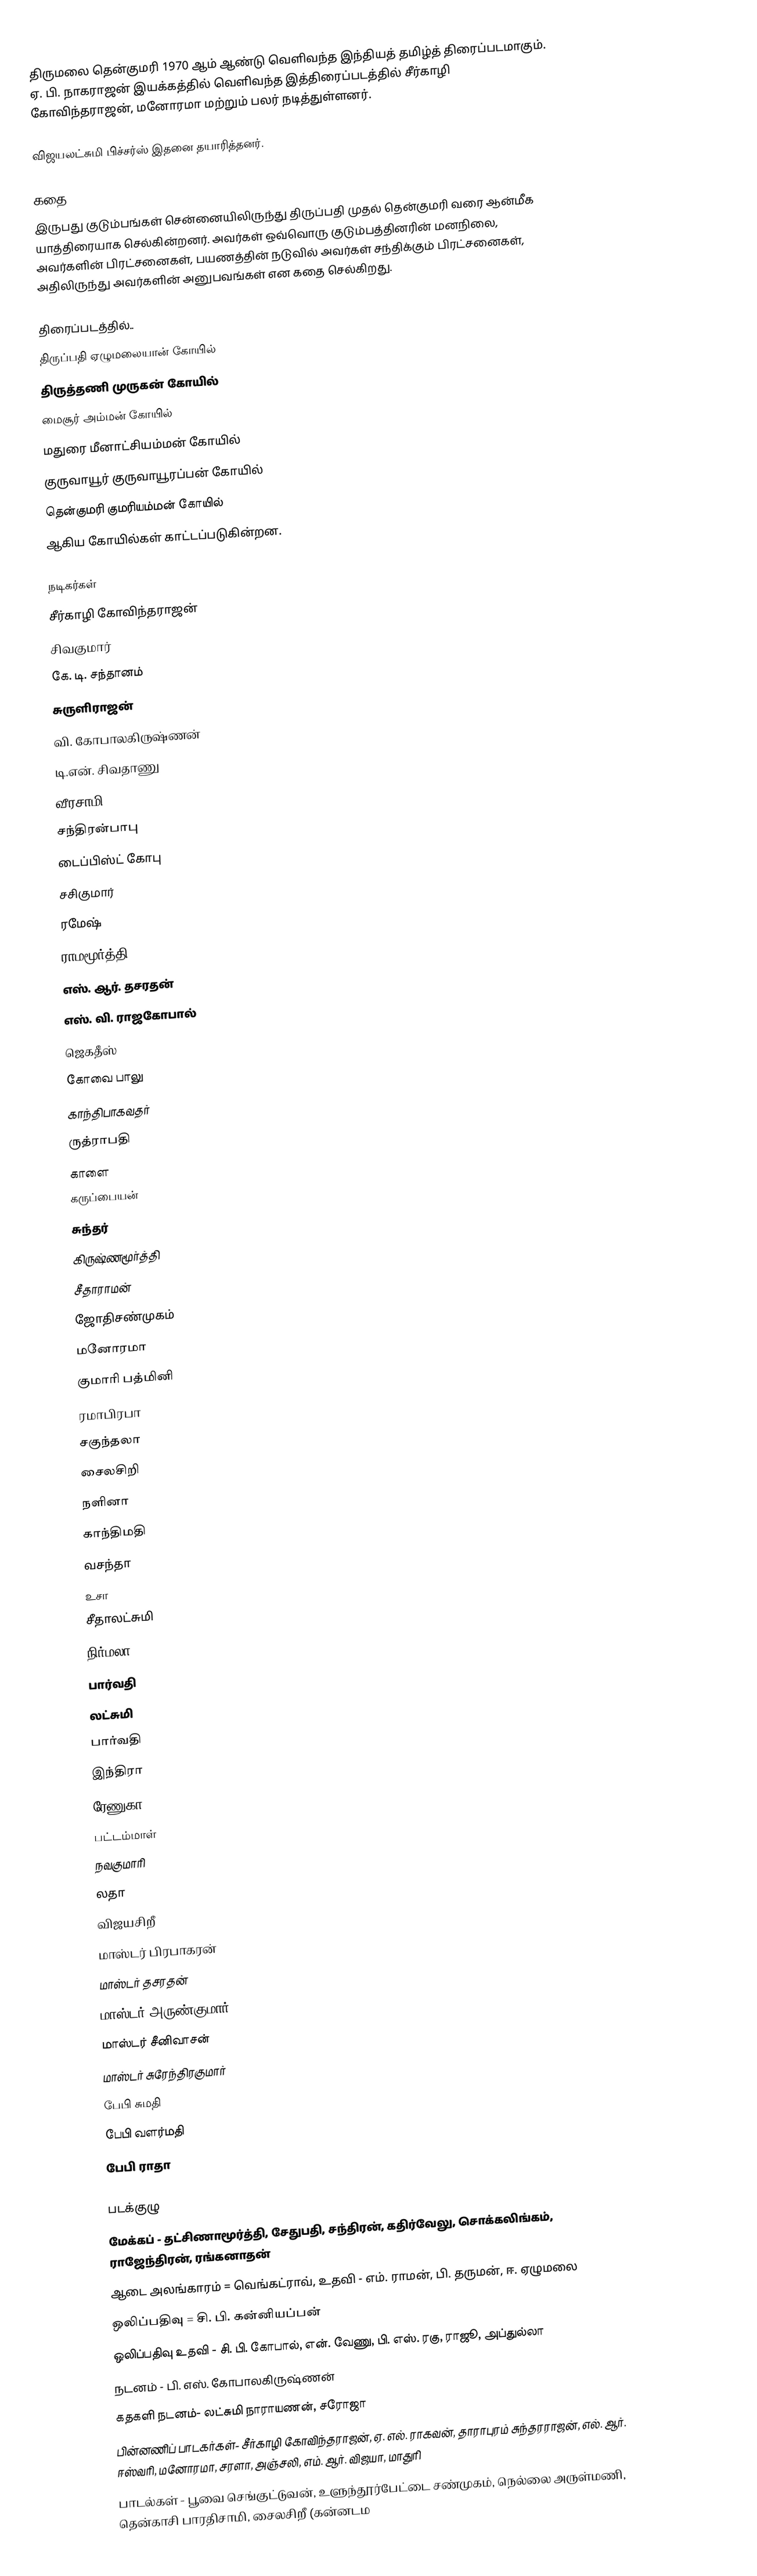
திருமலை தென்குமரி 1970 ஆம் ஆண்டு வெளிவந்த இந்தியத் தமிழ்த் திரைப்படமாகும். ஏ. பி. நாகராஜன் இயக்கத்தில் வெளிவந்த இத்திரைப்படத்தில் சீர்காழி கோவிந்தராஜன், மனோரமா மற்றும் பலர் நடித்துள்ளனர்.

விஜயலட்சுமி பிச்சர்ஸ் இதனை தயாரித்தனர்.

கதை
இருபது குடும்பங்கள் சென்னையிலிருந்து திருப்பதி முதல் தென்குமரி வரை ஆன்மீக யாத்திரையாக செல்கின்றனர். அவர்கள் ஒவ்வொரு குடும்பத்தினரின் மனநிலை, அவர்களின் பிரட்சனைகள், பயணத்தின் நடுவில் அவர்கள் சந்திக்கும் பிரட்சனைகள், அதிலிருந்து அவர்களின் அனுபவங்கள் என கதை செல்கிறது.

திரைப்படத்தில்..
திருப்பதி ஏழுமலையான் கோயில்
திருத்தணி முருகன் கோயில்
மைசூர் அம்மன் கோயில்
மதுரை மீனாட்சியம்மன் கோயில்
குருவாயூர் குருவாயூரப்பன் கோயில்
தென்குமரி குமரியம்மன் கோயில்
ஆகிய கோயில்கள் காட்டப்படுகின்றன.

நடிகர்கள்
 சீர்காழி கோவிந்தராஜன்
 சிவகுமார்
 கே. டி. சந்தானம்
 சுருளிராஜன்
 வி. கோபாலகிருஷ்ணன்
 டி.என். சிவதாணு
 வீரசாமி
 சந்திரன்பாபு
 டைப்பிஸ்ட் கோபு
 சசிகுமார்
 ரமேஷ்
 ராமமூர்த்தி
 எஸ். ஆர். தசரதன்
 எஸ். வி. ராஜகோபால்
 ஜெகதீஸ்
 கோவை பாலு
 காந்திபாகவதர்
 ருத்ராபதி
 காளை
 கருப்பையன்
 சுந்தர்
 கிருஷ்ணமூர்த்தி
 சீதாராமன்
 ஜோதிசண்முகம்
 மனோரமா
 குமாரி பத்மினி
 ரமாபிரபா
 சகுந்தலா
 சைலசிறி
 நளினா
 காந்திமதி
 வசந்தா
 உசா
 சீதாலட்சுமி
 நிர்மலா
 பார்வதி
 லட்சுமி
 பார்வதி
 இந்திரா
 ரேணுகா
 பட்டம்மாள்
 நவகுமாரி
 லதா
 விஜயசிறீ
 மாஸ்டர் பிரபாகரன்
 மாஸ்டர் தசரதன்
 மாஸ்டர் அருண்குமார்
 மாஸ்டர் சீனிவாசன்
 மாஸ்டர் சுரேந்திரகுமார்
 பேபி சுமதி
 பேபி வளர்மதி
 பேபி ராதா

படக்குழு
 மேக்கப் - தட்சிணாமூர்த்தி, சேதுபதி, சந்திரன், கதிர்வேலு, சொக்கலிங்கம், ராஜேந்திரன், ரங்கனாதன்
 ஆடை அலங்காரம் = வெங்கட்ராவ், உதவி - எம். ராமன், பி. தருமன், ஈ. ஏழுமலை
 ஒலிப்பதிவு = சி. பி. கன்னியப்பன்
 ஒலிப்பதிவு உதவி - சி. பி. கோபால், என். வேணு, பி. எஸ். ரகு, ராஜூ, அப்துல்லா
 நடனம் - பி. எஸ். கோபாலகிருஷ்ணன்
 கதகளி நடனம்- லட்சுமி நாராயணன், சரோஜா
 பின்னணிப் பாடகர்கள்- சீர்காழி கோவிந்தராஜன், ஏ. எல். ராகவன், தாராபுரம் சுந்தரராஜன், எல். ஆர். ஈஸ்வரி, மனோரமா, சரளா, அஞ்சலி, எம். ஆர். விஜயா, மாதுரி
 பாடல்கள் - பூவை செங்குட்டுவன், உளுந்தூர்பேட்டை சண்முகம், நெல்லை அருள்மணி, தென்காசி பாரதிசாமி, சைலசிறீ (கன்னடம